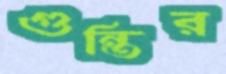
গুন্তির